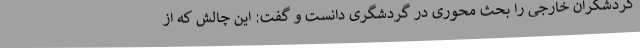
گردشگران خارجی را بحث محوری در گردشگری دانست و گفت: این چالش که از